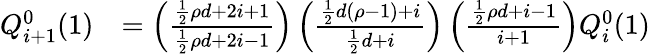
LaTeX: \begin{array}{rl}{Q_{i+1}^{0}(1)}&{=\left(\frac{\frac{1}{2}\rho d+2i+1}{\frac{1}{2}\rho d+2i-1}\right)\left(\frac{\frac{1}{2}d(\rho-1)+i}{\frac{1}{2}d+i}\right)\left(\frac{\frac{1}{2}\rho d+i-1}{i+1}\right)Q_{i}^{0}(1)}\end{array}